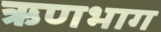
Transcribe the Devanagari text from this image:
ऋणभाग